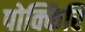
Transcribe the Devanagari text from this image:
पोक्किरि